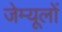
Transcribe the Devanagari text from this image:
जेम्यूलों